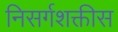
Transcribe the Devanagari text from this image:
निसर्गशक्तीस